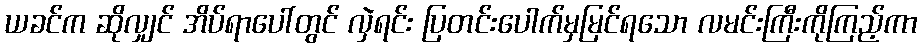
ယခင်က ဆိုလျှင် အိပ်ရာပေါ်တွင် လှဲရင်း ပြတင်းပေါက်မှမြင်ရသော လမင်းကြီးကိုကြည့်ကာ